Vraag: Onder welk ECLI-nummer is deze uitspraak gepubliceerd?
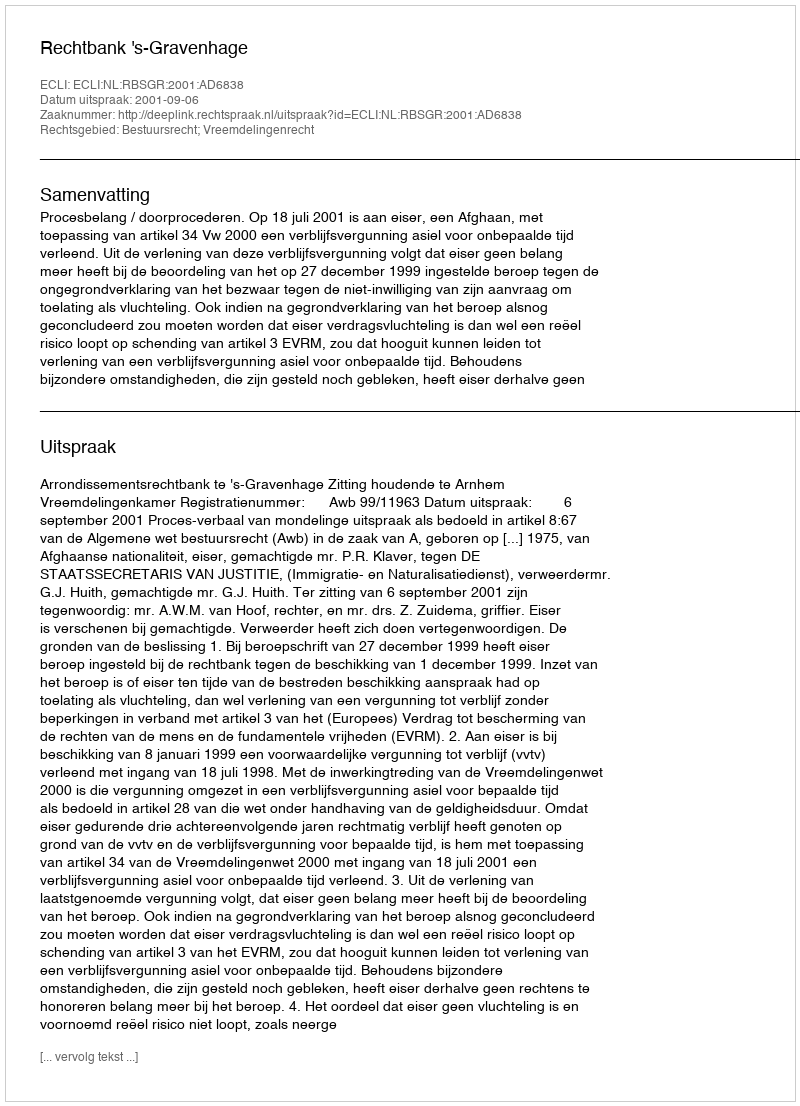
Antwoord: ECLI:NL:RBSGR:2001:AD6838